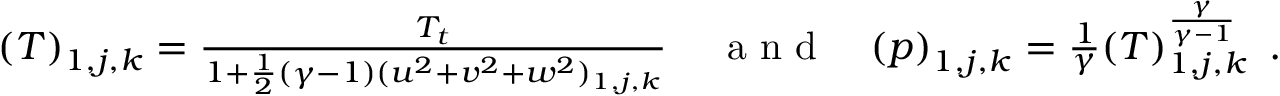
\begin{array} { r l r } { { \left( T \right) _ { 1 , j , k } = \frac { T _ { t } } { 1 + \frac { 1 } { 2 } ( \gamma - 1 ) ( u ^ { 2 } + v ^ { 2 } + w ^ { 2 } ) _ { 1 , j , k } } \, } } & { { } { \mathrm { ~ a ~ n ~ d ~ } } } & { { \left( p \right) _ { 1 , j , k } = \frac { 1 } { \gamma } ( T ) _ { 1 , j , k } ^ { \frac { \gamma } { \gamma - 1 } } \, \mathrm { ~ . ~ } } } \end{array}